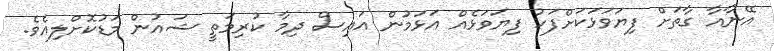
އޭނާއާ ގާތަށް ފިޔަވަޅަކަށްފަހު ފިޔަވަޅެއް އަޅަމުން އައިސް ދިމާ ކުރިމަތީ ޝައުން މަޑުކޮށްލިއެވެ.